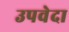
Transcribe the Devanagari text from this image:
उपवेदा